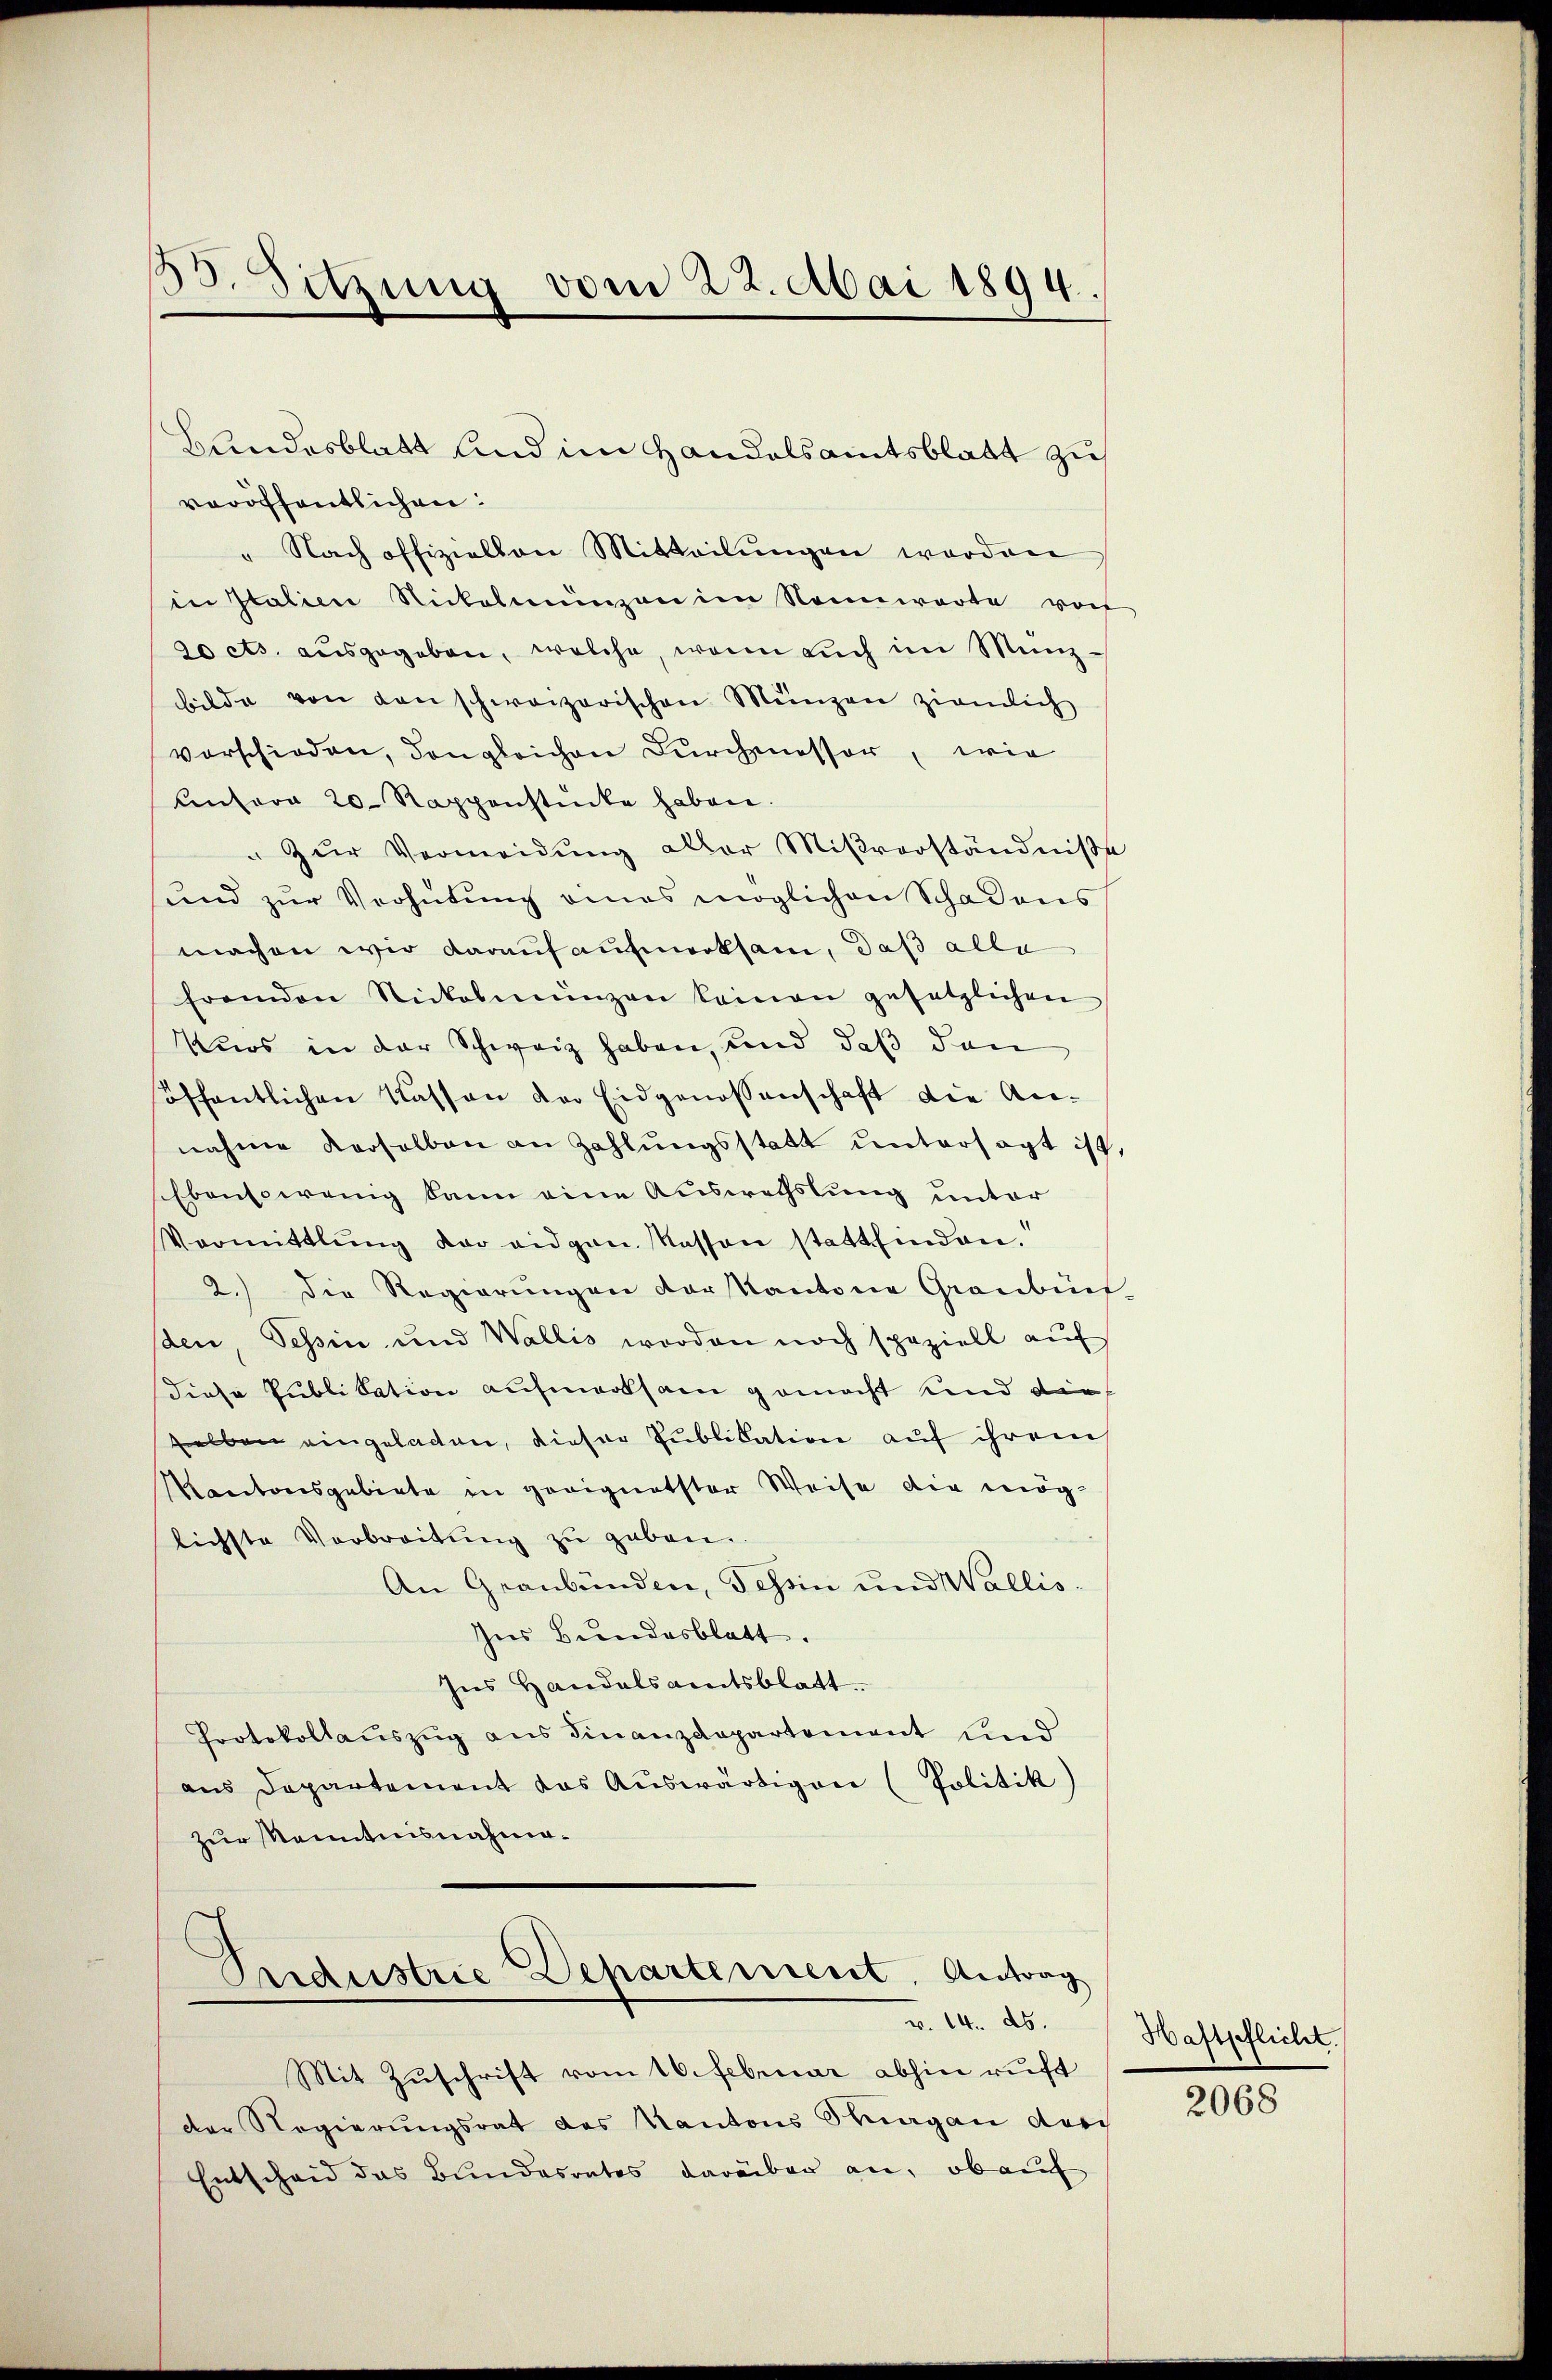
13. Setzung vom 22. Mai 1894.

Bundesblatt und im Handelsamtsblatt zu
veröffentlichen:
" Nach offiziellen Mitteilŭngen worden
in Italien Nickelmünzen im Nennwarte von
20 cts. aŭsgegeben, welche, wenn auch im Münzbilde von den schweizerischen Münzen ziemlich
vorschieden, dongleichen Durchmessor, wie
Unsera 20 Rappenstücke haben.
" Zŭr Vermeidung aller Mißverständniße
und zur Verhütung eines möglichen Schadens
machen wir darauf aufmerksam, daß alle
fremden Stickelmŭngen keinen gesetzlichen
Kuos in der Schweiz haben, und daß den
öffentlichen Kassen der Eidgenossenschaft die Ac-
nahme verselben an Zahlungsstatt untersagt ist,
Ebensowenig kann eine Auswechslung unter
Vormittlung der eidgen. Kassen stattfinden.
2.) Die Regierungen der kantone Graubünf
den, Tessin und Wallis worden noch speziell auf
diese Publikation aufmerksam gemacht und die
selben eingeladen, dieser Publikation auf ihrem
Kantonsgebiete in geeignetster Weise die mög
lichste Verbreitŭng zŭ geben.
An Graubünden, Tessin und Wallis.
Ins Bundesblatt.
Ins Handelsamtsblatt.
Protokollaŭszŭg ans Finanzdepartement und
aŭs Departement das Aŭswärtigen (Politik)
zur Manntnisnahme¬

.
Andustrie Departement. Antrag
v. 14. ds.

Mit Zŭschrift vom 16. Februar abhin ruft
der Regierungsrat des Kantons Sagan der
Entscheid das Bundesrates darüber an, ob auf

Haftpflicht.

2068